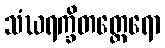
သံဃရက္ခိတတ္ထေရော